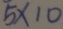
5 \times 1 0